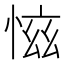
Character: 𢜚